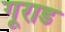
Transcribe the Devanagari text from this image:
गूराड